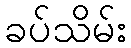
ခပ်သိမ်း